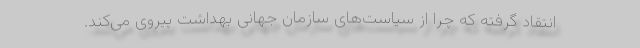
انتقاد گرفته که چرا از سیاست‌های سازمان جهانی بهداشت پیروی می‌کند.